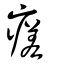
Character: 瘥